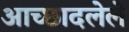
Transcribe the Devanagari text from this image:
अाच्छादलेले